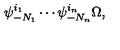
\psi _ { - N _ { 1 } } ^ { i _ { 1 } } \cdots \psi _ { - N _ { n } } ^ { i _ { n } } \Omega ,